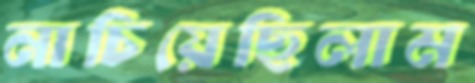
নাচিয়েছিলাম